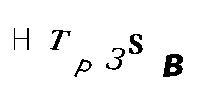
HTP3SB